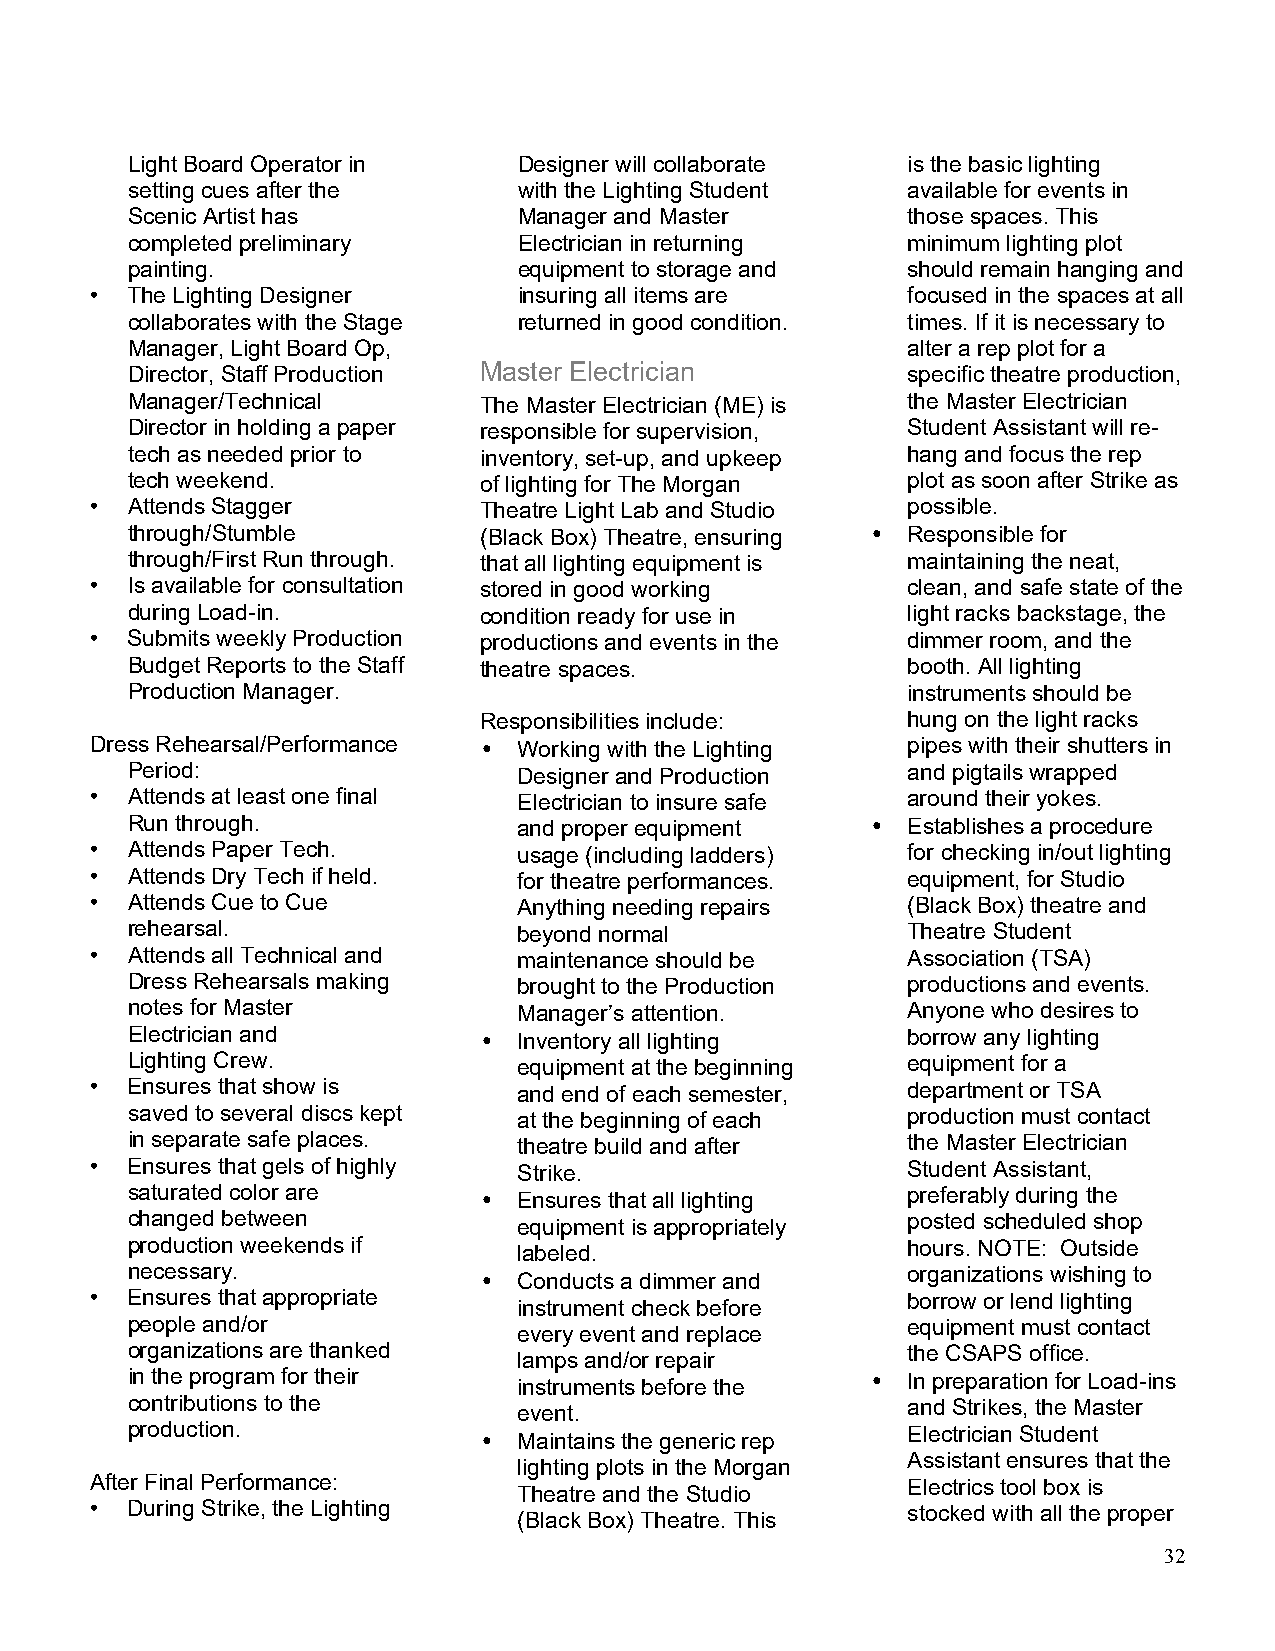
Light Board Operator in   Designer will collaborate is the basic lighting
 setting cues after the    with the Lighting Student available for events in
 Scenic Artist has         Manager and Master        those spaces. This
 completed preliminary     Electrician in returning  minimum lighting plot
 painting.                 equipment to storage and  should remain hanging and
 • The Lighting Designer     insuring all items are    focused in the spaces at all
 collaborates with the Stage returned in good condition. times. If it is necessary to
 Manager, Light Board Op,                            alter a rep plot for a
 Director, Staff Production Master Electrician       specific theatre production,
 Manager/Technical       The Master Electrician (ME) is the Master Electrician
 Director in holding a paper responsible for supervision, Student Assistant will re-
 tech as needed prior to inventory, set-up, and upkeep hang and focus the rep
 tech weekend.           of lighting for The Morgan  plot as soon after Strike as
 • Attends Stagger         Theatre Light Lab and Studio possible.
 through/Stumble         (Black Box) Theatre, ensuring • Responsible for
 through/First Run through. that all lighting equipment is maintaining the neat,
 • Is available for consultation stored in good working clean, and safe state of the
 during Load-in.         condition ready for use in  light racks backstage, the
 • Submits weekly Production productions and events in the dimmer room, and the
 Budget Reports to the Staff theatre spaces.         booth. All lighting
 Production Manager.                                 instruments should be
 Responsibilities include:   hung on the light racks
 Dress Rehearsal/Performance • Working with the Lighting pipes with their shutters in
 Period:                   Designer and Production   and pigtails wrapped
 • Attends at least one final Electrician to insure safe around their yokes.
 Run through.              and proper equipment    • Establishes a procedure
 • Attends Paper Tech.       usage (including ladders) for checking in/out lighting
 • Attends Dry Tech if held. for theatre performances. equipment, for Studio
 • Attends Cue to Cue        Anything needing repairs  (Black Box) theatre and
 rehearsal.                beyond normal             Theatre Student
 • Attends all Technical and maintenance should be     Association (TSA)
 Dress Rehearsals making   brought to the Production productions and events.
 notes for Master          Manager’s attention.      Anyone who desires to
 Electrician and         • Inventory all lighting    borrow any lighting
 Lighting Crew.            equipment at the beginning equipment for a
 • Ensures that show is      and end of each semester, department or TSA
 saved to several discs kept at the beginning of each production must contact
 in separate safe places.  theatre build and after   the Master Electrician
 • Ensures that gels of highly Strike.                 Student Assistant,
 saturated color are     • Ensures that all lighting preferably during the
 changed between           equipment is appropriately posted scheduled shop
 production weekends if    labeled.                  hours. NOTE: Outside
 necessary.                                          organizations wishing to
 • Conducts a dimmer and
 • Ensures that appropriate                            borrow or lend lighting
 instrument check before
 people and/or                                       equipment must contact
 every event and replace
 organizations are thanked                           the CSAPS office.
 lamps and/or repair
 in the program for their  instruments before the  • In preparation for Load-ins
 contributions to the      event.                    and Strikes, the Master
 production.                                         Electrician Student
 • Maintains the generic rep
 Assistant ensures that the
 lighting plots in the Morgan
 After Final Performance:                              Electrics tool box is
 Theatre and the Studio
 • During Strike, the Lighting                         stocked with all the proper
 (Black Box) Theatre. This
 32